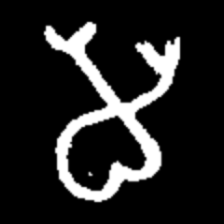
Pyu character \u2014 Myanmar letter: မ (romanized: ma)